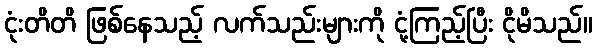
ငုံးတိတိ ဖြစ်နေသည့် လက်သည်းများကို ငုံ့ကြည့်ပြီး ငိုမိသည်။